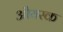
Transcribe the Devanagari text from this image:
औयस्क